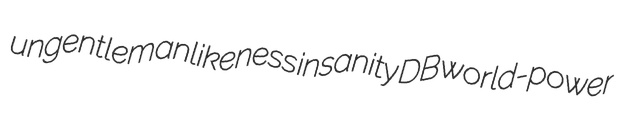
ungentlemanlikeness insanity DB world-power